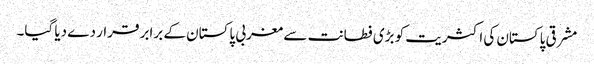
مشرقی پاکستان کی اکثریت کو بڑی فطانت سے مغربی پاکستان کے برابر قرار دے دیا گیا۔